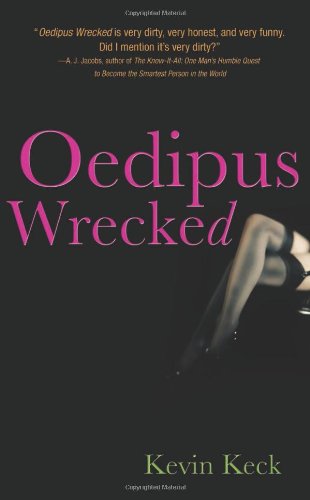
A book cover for Oedipus Wrecked; Kevin Keck; Gay & Lesbian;